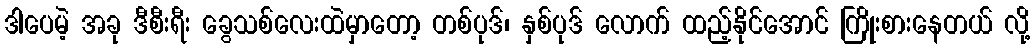
ဒါပေမဲ့ အခု ဒီစီးရီး ခွေသစ်လေးထဲမှာတော့ တစ်ပုဒ်၊ နှစ်ပုဒ် လောက် ထည့်နိုင်အောင် ကြိုးစားနေတယ် လို့